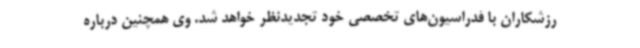
رزشکاران با فدراسیون‌های تخصصی خود تجدیدنظر خواهد شد. وی همچنین درباره